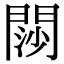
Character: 閯